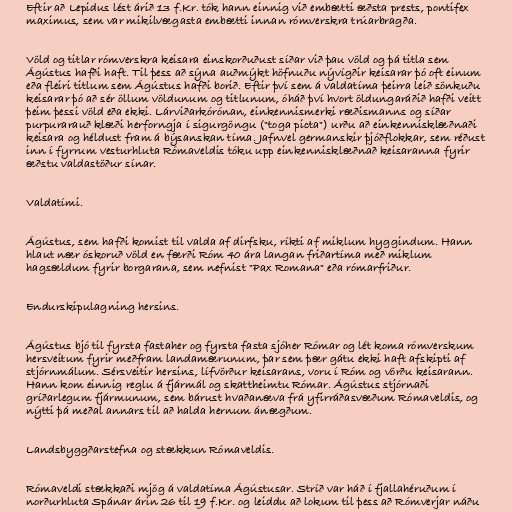
Eftir að Lepidus lést árið 13 f.Kr. tók hann einnig við embætti æðsta prests, pontifex
maximus, sem var mikilvægasta embætti innan rómverskra trúarbragða.

Völd og titlar rómverskra keisara einskorðuðust síðar við þau völd og þá titla sem
Ágústus hafði haft. Til þess að sýna auðmýkt höfnuðu nývígðir keisarar þó oft einum
eða fleiri titlum sem Ágústus hafði borið. Eftir því sem á valdatíma þeirra leið sönkuðu
keisarar þó að sér öllum völdunum og titlunum, óháð því hvort öldungaráðið hafði veitt
þeim þessi völd eða ekki. Lárviðarkórónan, einkennismerki ræðismanns og síðar
purpurarauð klæði herforngja í sigurgöngu ("toga picta") urðu að einkennisklæðnaði
keisara og héldust fram á býsanskan tíma. Jafnvel germanskir þjóðflokkar, sem réðust
inn í fyrrum vesturhluta Rómaveldis tóku upp einkennisklæðnað keisaranna fyrir
æðstu valdastöður sínar.

Valdatími.

Ágústus, sem hafði komist til valda af dirfsku, ríkti af miklum hyggindum. Hann
hlaut nær óskoruð völd en færði Róm 40 ára langan friðartíma með miklum
hagsældum fyrir borgarana, sem nefnist "Pax Romana" eða rómarfriður.

Endurskipulagning hersins.

Ágústus bjó til fyrsta fastaher og fyrsta fasta sjóher Rómar og lét koma rómverskum
hersveitum fyrir meðfram landamærunum, þar sem þær gátu ekki haft afskipti af
stjórnmálum. Sérsveitir hersins, lífvörður keisarans, voru í Róm og vörðu keisarann.
Hann kom einnig reglu á fjármál og skattheimtu Rómar. Ágústus stjórnaði
gríðarlegum fjármunum, sem bárust hvaðanæva frá yfirráðasvæðum Rómaveldis, og
nýtti þá meðal annars til að halda hernum ánægðum.

Landsbyggðarstefna og stækkun Rómaveldis.

Rómaveldi stækkaði mjög á valdatíma Ágústusar. Stríð var háð í fjallahéruðum í
norðurhluta Spánar árin 26 til 19 f.Kr. og leiddu að lokum til þess að Rómverjar náðu